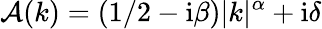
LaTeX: \mathcal{A}(k)=(1/2-\mathrm{i}\beta)\lvert k\rvert^{\alpha}+\mathrm{i}\delta